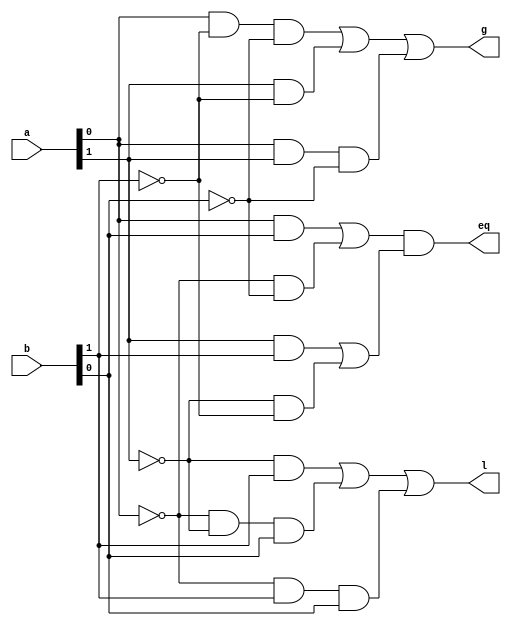
//`timescale 1ns / 1ps
//////////////////////////////////////////////////////////////////////////////////
// Company: 
// Engineer: 
// 
// Design Name: 
// Module Name: comp_2
// Project Name: 
// Target Devices: 
// Tool Versions: 
// Description: 
// 
// Dependencies: 
// 
// Revision:
// Revision 0.01 - File Created
// Additional Comments:
// 
//////////////////////////////////////////////////////////////////////////////////

//2 bit comparator
module comp_2(a,b,l,g,eq);
input [1:0] a;
input [1:0] b;
output l,g,eq;
assign lt1= (~a[1])&&b[1];
assign lt2= (~a[0]) && (~a[1]) && b[0];
assign lt3= (~a[0])&& b[1] && b[0];
assign l= lt1 | lt2 | lt3;
assign gt1=a[0] && (~b[1]) && (~b[0]);
assign gt2= a[1] && (~b[1]);
assign gt3= a[0] && a[1] && (~b[0]);
assign g= gt1 | gt2 | gt3;
assign e1=a[0]&&b[0];
assign e2=(~a[0])&&(~b[0]);
assign eq1=e1 | e2;
assign e3= a[1] && b[1];
assign e4= (~a[1]) && (~b[1]);
assign eq2= e3 | e4;
assign eq= eq1 && eq2;
endmodule